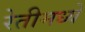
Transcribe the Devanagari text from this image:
रेतीमध्ये